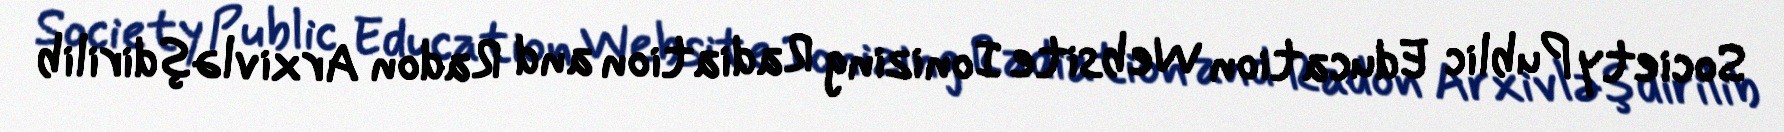
Society Public Education Website Ionizing Radiation and Radon Arxivləşdirilib